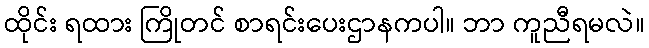
ထိုင်း ရထား ကြိုတင် စာရင်းပေးဌာနကပါ။ ဘာ ကူညီရမလဲ။